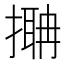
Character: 𢳞